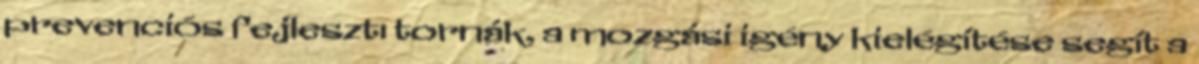
prevenciós fejlesztı tornák, a mozgási igény kielégítése segít a